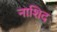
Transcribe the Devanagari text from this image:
नाशिद